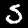
Digit: 5